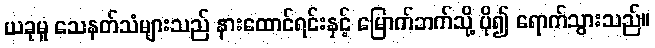
ယခုမူ သေနတ်သံများသည် နားထောင်ရင်းနှင့် မြောက်ဘက်သို့ ပို၍ ရောက်သွားသည်။